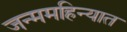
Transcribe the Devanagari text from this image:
जन्ममहिन्यात